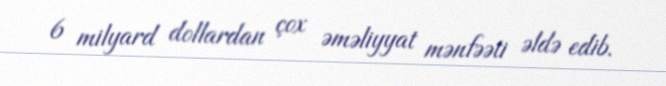
6 milyard dollardan çox əməliyyat mənfəəti əldə edib.